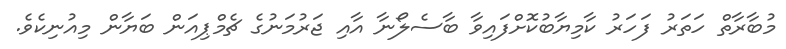
މުބާރާތް ހަތަރު ފަހަރު ކާމިޔާބުކޮށްފައިވާ ބާސެލޯނާ އާއި ޖަރުމަނުގެ ޗެމްޕިއަން ބަޔާން މިއުނިކެވެ.